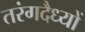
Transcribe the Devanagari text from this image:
तरंगदैध्यों